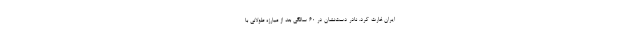
ایران غارت کرد. نادر دست‌نشان در 60 سالگی بعد از مبارزه طولانی با